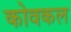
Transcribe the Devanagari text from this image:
कोवकल